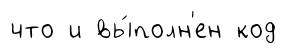
что и вы́полн'ен код